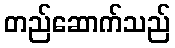
တည်ဆောက်သည်